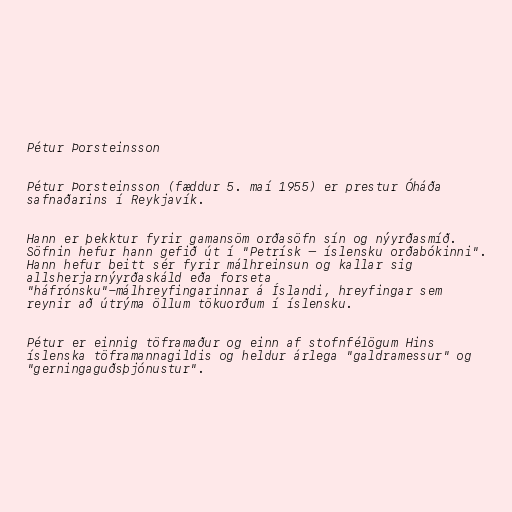
Pétur Þorsteinsson

Pétur Þorsteinsson (fæddur 5. maí 1955) er prestur Óháða
safnaðarins í Reykjavík.

Hann er þekktur fyrir gamansöm orðasöfn sín og nýyrðasmíð.
Söfnin hefur hann gefið út í "Petrísk – íslensku orðabókinni".
Hann hefur beitt sér fyrir málhreinsun og kallar sig
allsherjarnýyrðaskáld eða forseta
"háfrónsku"-málhreyfingarinnar á Íslandi, hreyfingar sem
reynir að útrýma öllum tökuorðum í íslensku.

Pétur er einnig töframaður og einn af stofnfélögum Hins
íslenska töframannagildis og heldur árlega "galdramessur" og
"gerningaguðsþjónustur".